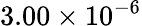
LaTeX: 3.00\times 10^{-6}